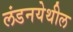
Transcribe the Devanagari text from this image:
लंडनयेथील